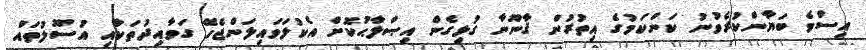
އިސްވެ ބަޔާންކުރެވުނު ކަންކަމުގެ އިތުރުން ޤާނޫނާ ގުޅިގެން އިޞްލާޙުކޮށް އެކުލަވައިލަންޖެހޭ ގަވާއިދުތަކާއި އުސޫލުތައް